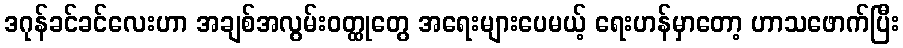
ဒဂုန်ခင်ခင်လေးဟာ အချစ်အလွမ်းဝတ္ထုတွေ အရေးများပေမယ့် ရေးဟန်မှာတော့ ဟာသဖောက်ပြီး